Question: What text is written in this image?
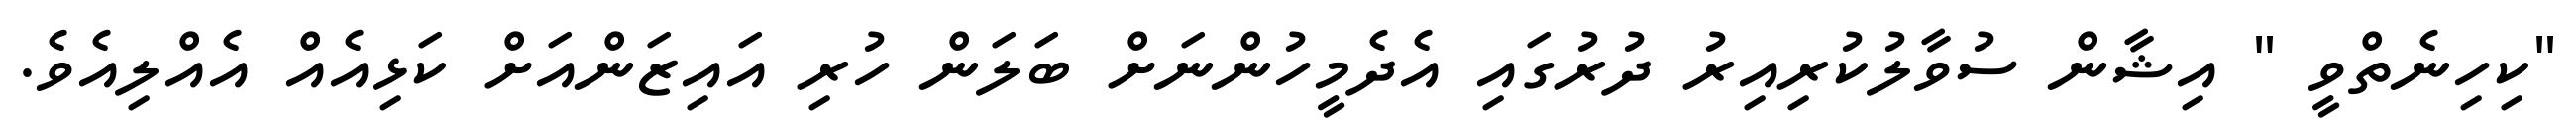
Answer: "ކިހިނެތްވީ " އިޝާން ސުވާލުކުރިއިރު ދުރުގައި އެދެމީހުންނަށް ބަލަން ހުރި އައިޒަންއަށް ކަޅިއެއް އެއްލިއެވެ.